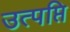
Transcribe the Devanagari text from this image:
उत्पप्ति